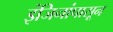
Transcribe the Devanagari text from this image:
इंजिनांपासून